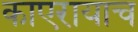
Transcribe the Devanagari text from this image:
काएरायाच